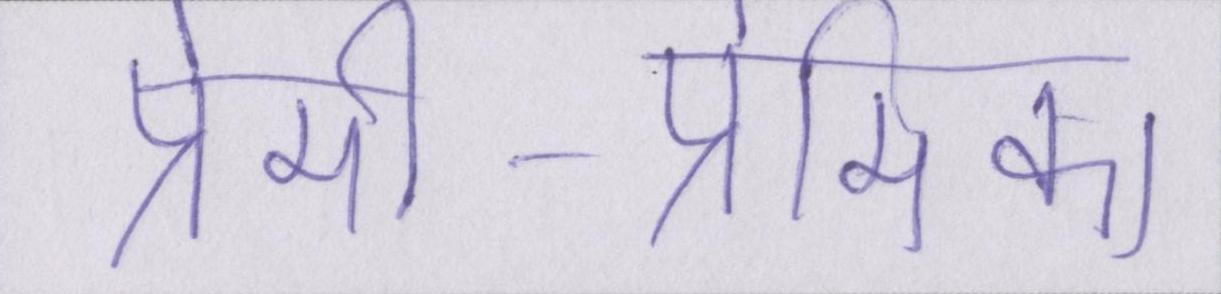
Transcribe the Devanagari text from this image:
प्रेमी-प्रेमिका